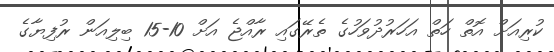
ކުރިއަށް އޮތް ހަތް އަހަރުދުވަހުގެ ތެރޭގައި ރާއްޖެ އަށް 10-15 ބިލިއަން ރުފިޔާގެ